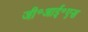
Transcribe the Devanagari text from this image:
जी॰आई॰एस